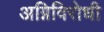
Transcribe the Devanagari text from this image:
अग्निविरोधी